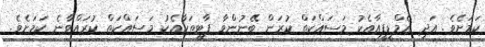
ކަމަށެވެ. އަދި އެމްޑީޕީއާއެކު މަސައްކަތް ކުރަން ބޭނުންވާ ޕާޓީތަކާއެކު މަސައްކަތް ކުރައްވާނެ ކަމަށެވެ.